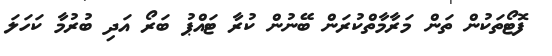
ފޮޓޯތަކުން ތަން މަރާމާތްކުރަން ބޭނުން ކުރާ ޓައްޕު ބަރޯ އަދި ބުރުމާ ކަހަލަ